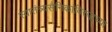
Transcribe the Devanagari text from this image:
स्वातंत्र्यसैनिकांविरुद्धच्या